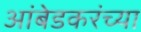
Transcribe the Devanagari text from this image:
आंबेडकरंच्या